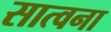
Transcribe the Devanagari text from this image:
सात्वना